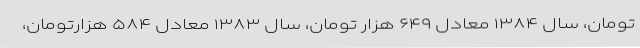
تومان، سال ۱۳۸۴ معادل ۶۴۹ هزار تومان، سال ۱۳۸۳ معادل ۵۸۴ هزارتومان،